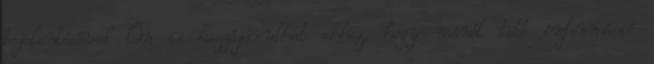
bejelentésével Ön is hozzájárulhat ahhoz, hogy minél több információ